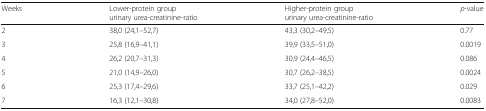
| Weeks | Lower-protein groupurinary urea-creatinine-ratio | Higher-protein groupurinary urea-creatinine-ratio | p-value |
 | --- | --- | --- | --- |
 | 2 | 38,0 (24,1–52,7) | 43,3 (30,2–49,5) | 0.77 |
 | 3 | 25,8 (16,9–41,1) | 39,9 (33,5–51,0) | 0.0019 |
 | 4 | 26,2 (20,7–31,3) | 30,9 (24,4–46,5) | 0.086 |
 | 5 | 21,0 (14,9–26,0) | 30,7 (26,2–38,5) | 0.0024 |
 | 6 | 25,3 (17,4–29,6) | 33,7 (25,1–42,2) | 0.029 |
 | 7 | 16,3 (12,1–30,8) | 34,0 (27,8–52,0) | 0.0083 |